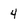
Character: 4